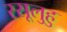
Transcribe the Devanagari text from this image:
रसूलुहु